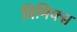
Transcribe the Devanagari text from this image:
प्रिमिक्स